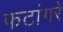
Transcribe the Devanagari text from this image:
फटांगरे